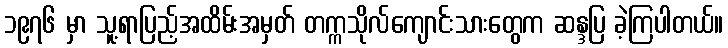
၁၉၇၆ မှာ သူ့ရာပြည့်အထိမ်းအမှတ် တက္ကသိုလ်ကျောင်းသားတွေက ဆန္ဒပြ ခဲ့ကြပါတယ်။